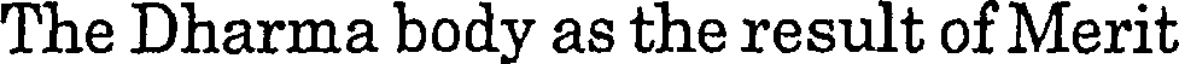
The Dharma body as the result of Merit